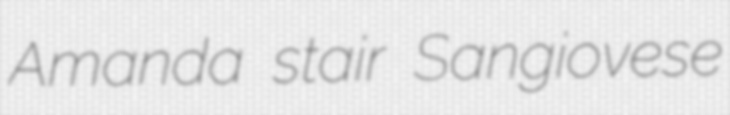
Amanda stair Sangiovese